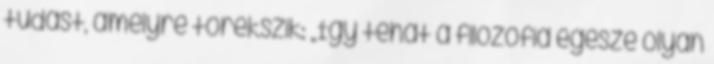
tudást, amelyre törekszik: „Így tehát a filozófia egésze olyan